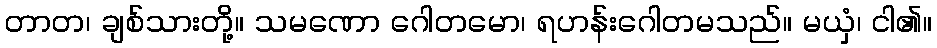
တာတ၊ ချစ်သားတို့။ သမဏော ဂေါတမော၊ ရဟန်းဂေါတမသည်။ မယှံ၊ ငါ၏။